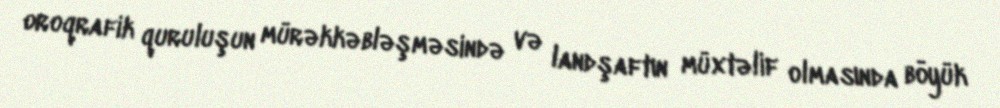
oroqrafik quruluşun mürəkkəbləşməsində və landşaftın müxtəlif olmasında böyük